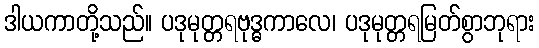
ဒါယကာတို့သည်။ ပဒုမုတ္တရဗုဒ္ဓကာလေ၊ ပဒုမုတ္တရမြတ်စွာဘုရား